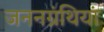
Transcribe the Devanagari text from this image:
जननग्रंथियां